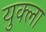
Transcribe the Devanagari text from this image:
युक्ला